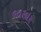
ભારદાર